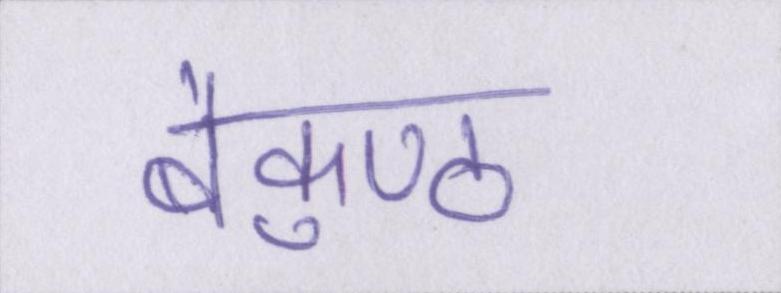
बैकुण्ठ